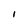
Character: 1